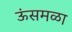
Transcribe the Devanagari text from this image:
ऊंसमळा